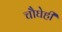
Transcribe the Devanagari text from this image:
चौघेही